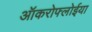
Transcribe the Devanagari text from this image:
ऑकरोफ्लोईया